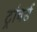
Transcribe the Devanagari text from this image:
ट्रांवर्स